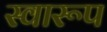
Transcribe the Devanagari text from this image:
स्वारूप